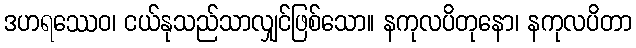
ဒဟရဿေဝ၊ ငယ်နုသည်သာလျှင်ဖြစ်သော။ နကုလပိတုနော၊ နကုလပိတာ